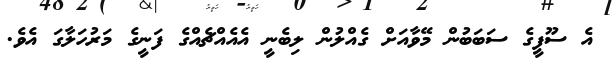
އެ ސޫފީގެ ސަބަބުން މޭވާއަށް ގެއްލުން ލިބެނީ އެއެއްޗެއްގެ ފަނީގެ މަރުހަލާގަ އެވެ.